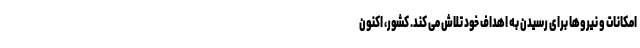
امکانات و نیروها برای رسیدن به اهداف خود تلاش می کند. کشور، اکنون